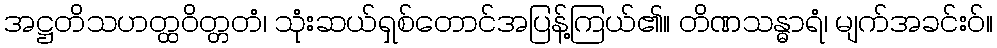
အဋ္ဌတိသဟတ္ထဝိတ္တတံ၊ သုံးဆယ်ရှစ်တောင်အပြန့်ကြယ်၏။ တိဏသန္ဓာရံ၊ မျက်အခင်းဝ်။